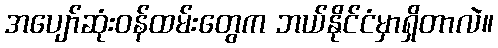
အပျော်ဆုံးဝန်ထမ်းတွေက ဘယ်နိုင်ငံမှာရှိတာလဲ။